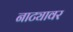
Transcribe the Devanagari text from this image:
नाट्यावर